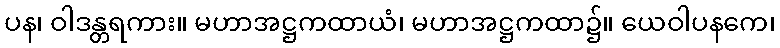
ပန၊ ဝါဒန္တရကား။ မဟာအဋ္ဌကထာယံ၊ မဟာအဋ္ဌကထာ၌။ ယေဝါပနကေ၊